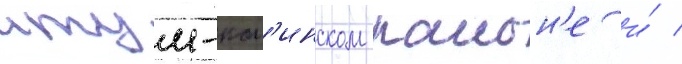
итум-кал'инском раион'е и́ /